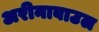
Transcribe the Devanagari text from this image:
अरीनाबाउल